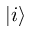
| i \rangle